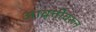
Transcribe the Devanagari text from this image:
आवृत्तीवरून